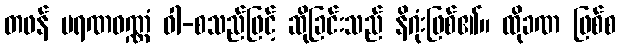
တဖန် မရဏဝဏ္ဏံ ဝါ-စသည်ဖြင့် ဆိုခြင်းသည် နိဂုံးဖြစ်၏။ ထိုခဏ ဖြစ်စ